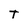
Character: T